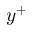
y ^ { + }